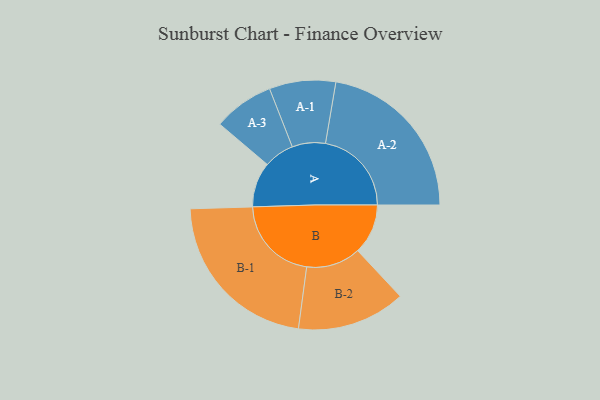
{"axis": {"x": "Segment", "y": "Value"}, "legend": ["", "A", "B"], "data": [{"x": "A", "y": 156, "type": ""}, {"x": "B", "y": 174, "type": ""}, {"x": "A-1", "y": 115, "type": "A"}, {"x": "A-2", "y": 298, "type": "A"}, {"x": "A-3", "y": 105, "type": "A"}, {"x": "B-1", "y": 299, "type": "B"}, {"x": "B-2", "y": 188, "type": "B"}]}